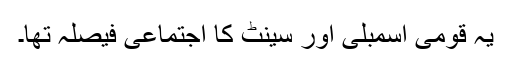
یہ قومی اسمبلی اور سینٹ کا اجتماعی فیصلہ تھا۔